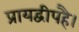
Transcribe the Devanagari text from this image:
प्रायद्वीपहै।